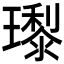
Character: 𭺊